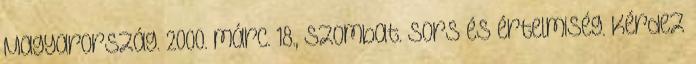
Magyarország. 2000. márc. 18., szombat. Sors és értelmiség. Kérdez